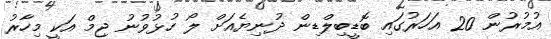
އުމުރުން 20 އަހަރުގައި ބޮޑީބިލްޑިން ދުނިޔެއަށް ލޯ ހުޅުވުނު ޖިމް އަކީ މިހާރު